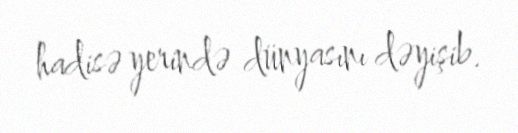
hadisə yerində dünyasını dəyişib.